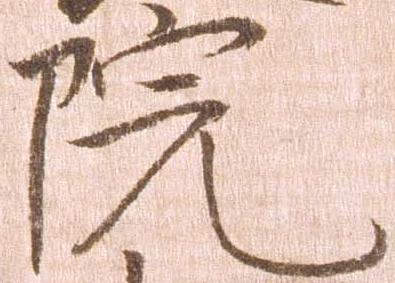
院